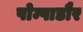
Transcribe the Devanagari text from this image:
पोम्पाडौर